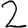
Digit: 2